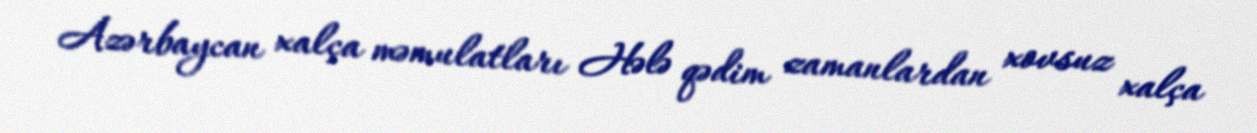
Azərbaycan xalça məmulatları Hələ qədim zamanlardan xovsuz xalça